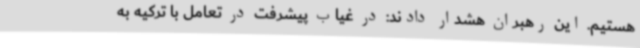
هستیم. این رهبران هشدار دادند: در غیاب پیشرفت در تعامل با ترکیه به